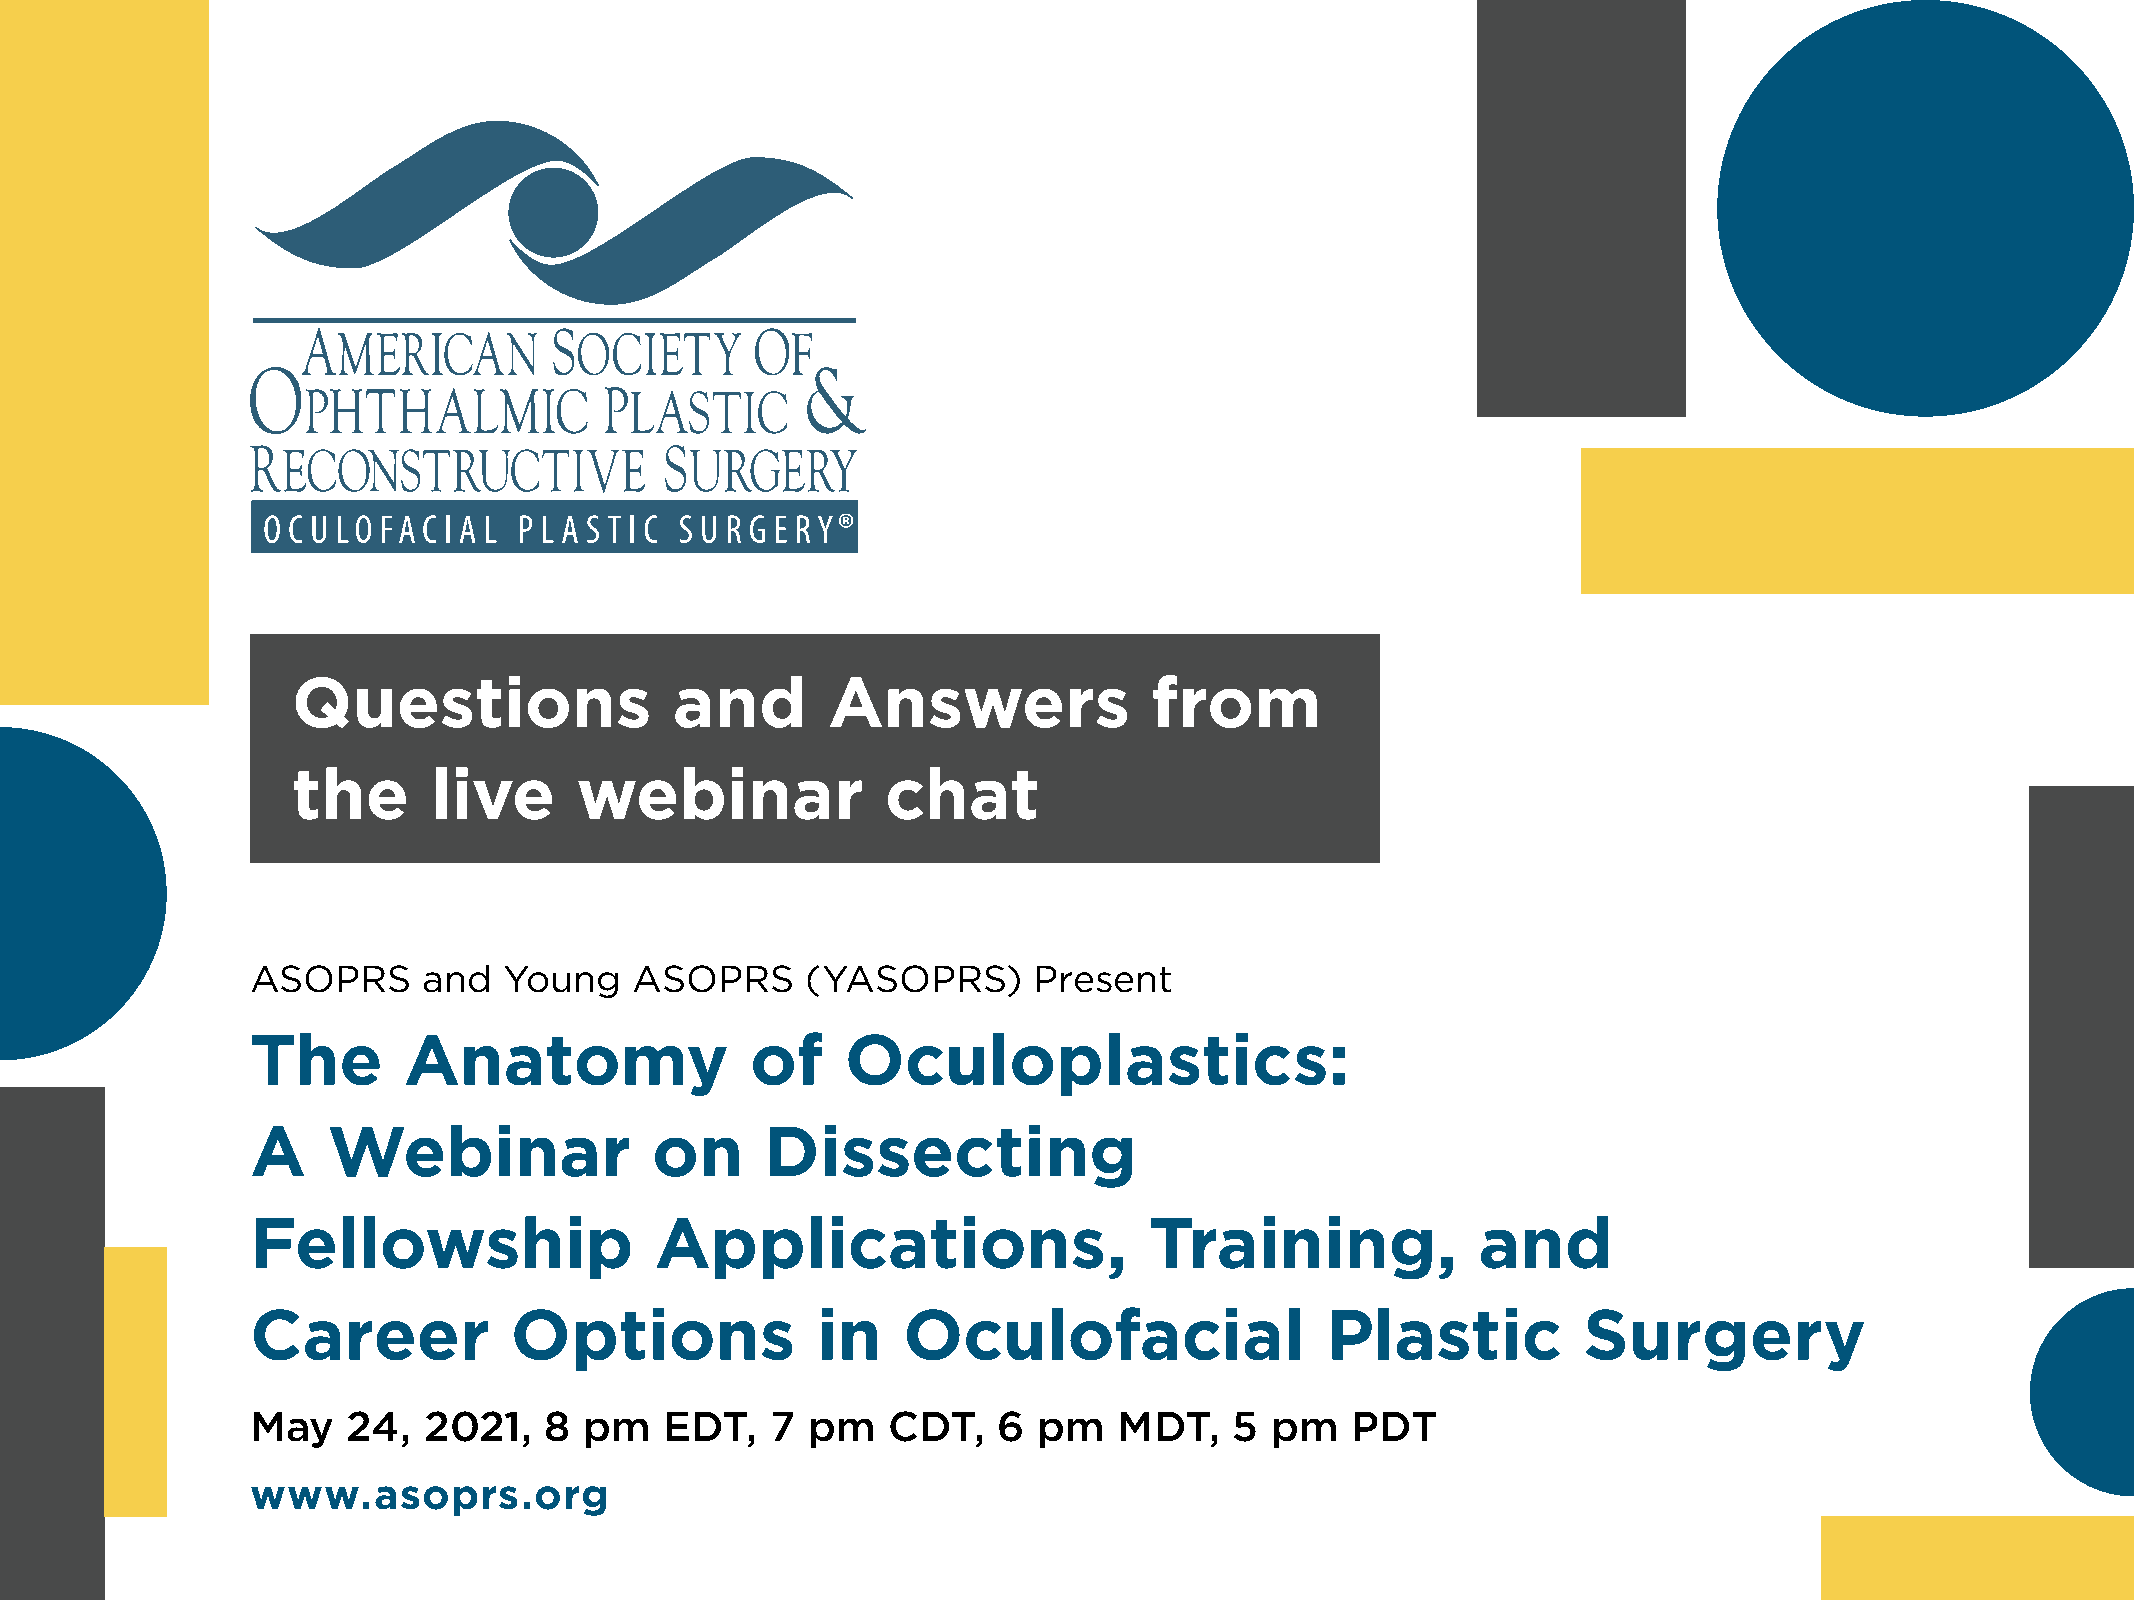
Questions                 and       Answers              from
 the      live      webinar              chat
 ASOPRS     and  Young    ASOPRS     (YASOPRS)      Present
 The       Anatomy                of    Oculoplastics:
 A    Webinar              on      Dissecting
 Fellowship                Applications,                    Training,             and
 Career           Options             in    Oculofacial                 Plastic          Surgery
 May   24,  2021,   8  pm   EDT,   7  pm   CDT,   6  pm   MDT,    5 pm   PDT
 www.asoprs.org